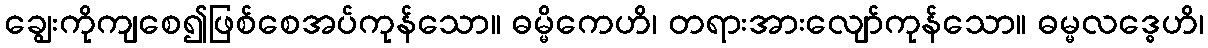
ချွေးကိုကျစေ၍ဖြစ်စေအပ်ကုန်သော။ ဓမ္မိကေဟိ၊ တရားအားလျော်ကုန်သော။ ဓမ္မလဒ္ဓေဟိ၊